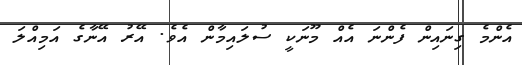
އެންމެ ގިނައިން ފެންނަ އެއް މޫނަކީ ސުލައިމާން އެވެ. އޭރު އޭނާގެ އަމިއްލަ